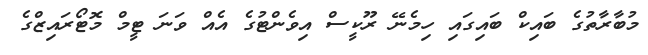
މުބާރާތުގެ ބައިކް ބައިގައި ހިމެނޭ ރޫކީސް އިވެންޓުގެ އެއް ވަނަ ޓީމް މޮޓޯރައިޒްގެ